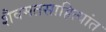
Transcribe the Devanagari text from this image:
शैवमतसाहित्यांत